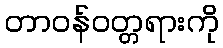
တာဝန်ဝတ္တရားကို